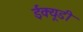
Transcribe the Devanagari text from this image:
ईक्यूडी